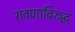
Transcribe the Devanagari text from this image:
रावणाविरुद्ध